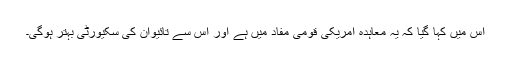
اس میں کہا گیا کہ یہ معاہدہ امریکی قومی مفاد میں ہے اور اس سے تائیوان کی سکیورٹی بہتر ہوگی۔